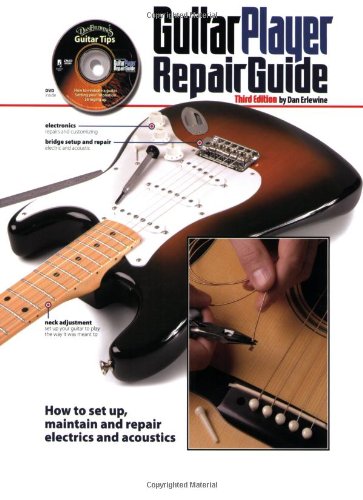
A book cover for The Guitar Player Repair Guide - 3rd; Dan Erlewine; Arts & Photography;